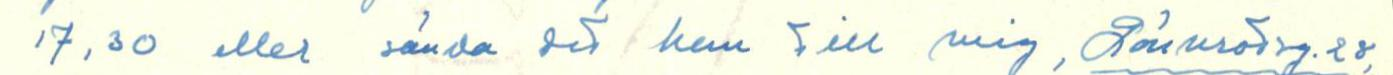
17,30 eller sända det kan till mig, Lönnrotsg. 28,